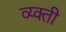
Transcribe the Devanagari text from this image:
व्य्क्ती